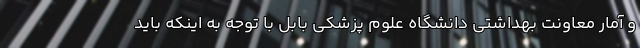
و آمار معاونت بهداشتی دانشگاه علوم پزشکی بابل با توجه به اینکه باید